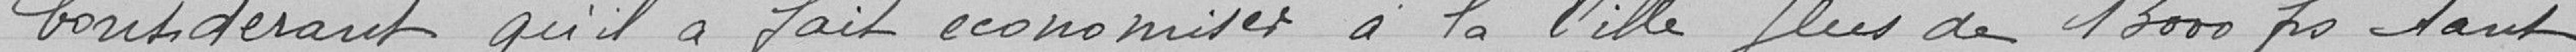
Considérant qu'il a fait économiser à la Ville plus de 1300 francs tant